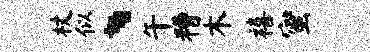
杖似、午糟木禧蜜